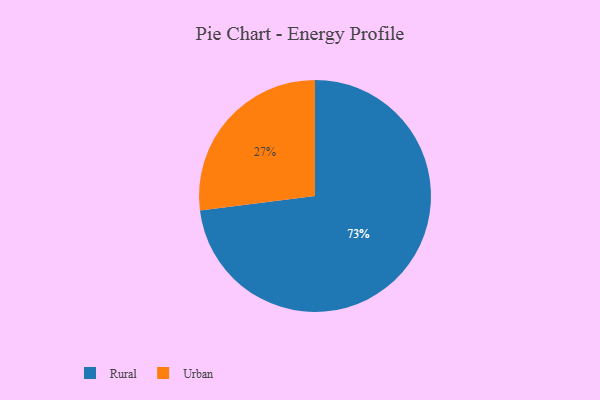
{"axis": {"x": "Category", "y": "Percentage"}, "legend": ["Rural", "Urban"], "data": [{"x": "Rural", "y": 73, "type": "Rural"}, {"x": "Urban", "y": 27, "type": "Urban"}]}